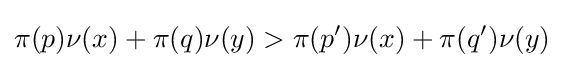
\pi (p)\nu (x)+\pi (q)\nu (y)>\pi (p')\nu (x)+\pi (q')\nu (y)